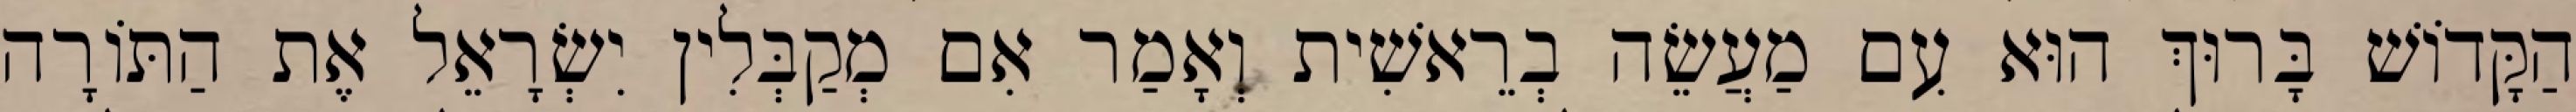
הַקָּדוֹשׁ בָּרוּךְ הוּא עִם מַעֲשֵׂה בְרֵאשִׁית וְאָמַר אִם מְקַבְּלִין יִשְׂרָאֵל אֶת הַתּוֹרָה